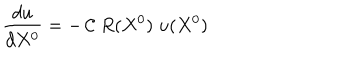
{ \frac { d u } { d X ^ { 0 } } } = - \, { \cal C } \; R ( X ^ { 0 } ) \; u ( X ^ { 0 } )